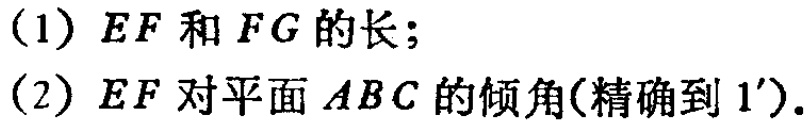
（1）\(EF\)和\(FG\)的长；
（2）\(EF\)对平面\(ABC\)的倾角(精确到\(1'\)).